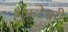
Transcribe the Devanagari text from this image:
मुकुटेश्वरी